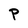
Character: P